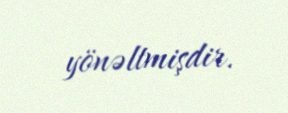
yönəltmişdir.